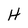
Character: H